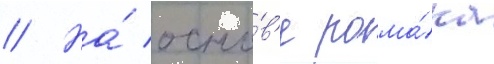
// На́ осно́в'е рома́на